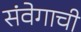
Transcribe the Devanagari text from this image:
संवेगाची